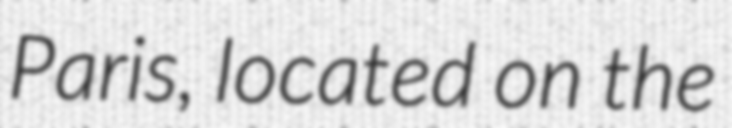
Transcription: Paris, located on the